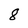
Character: 8